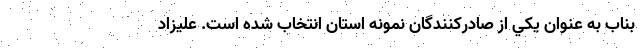
بناب به عنوان يكي از صادركنندگان نمونه استان انتخاب شده است. علیزاد